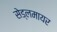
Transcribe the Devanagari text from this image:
सेड्लमायर